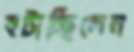
হটাচ্ছিলেন